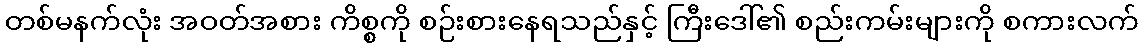
တစ်မနက်လုံး အဝတ်အစား ကိစ္စကို စဉ်းစားနေရသည်နှင့် ကြီးဒေါ်၏ စည်းကမ်းများကို စကားလက်